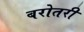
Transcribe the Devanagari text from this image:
बरोतरी